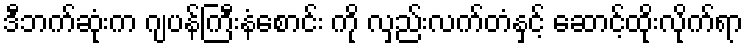
ဒီဘက်ဆုံးက ဂျပန်ကြီးနံစောင်း ကို လှည်းလက်တံနှင့် ဆောင့်ထိုးလိုက်ရာ